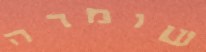
שומרה